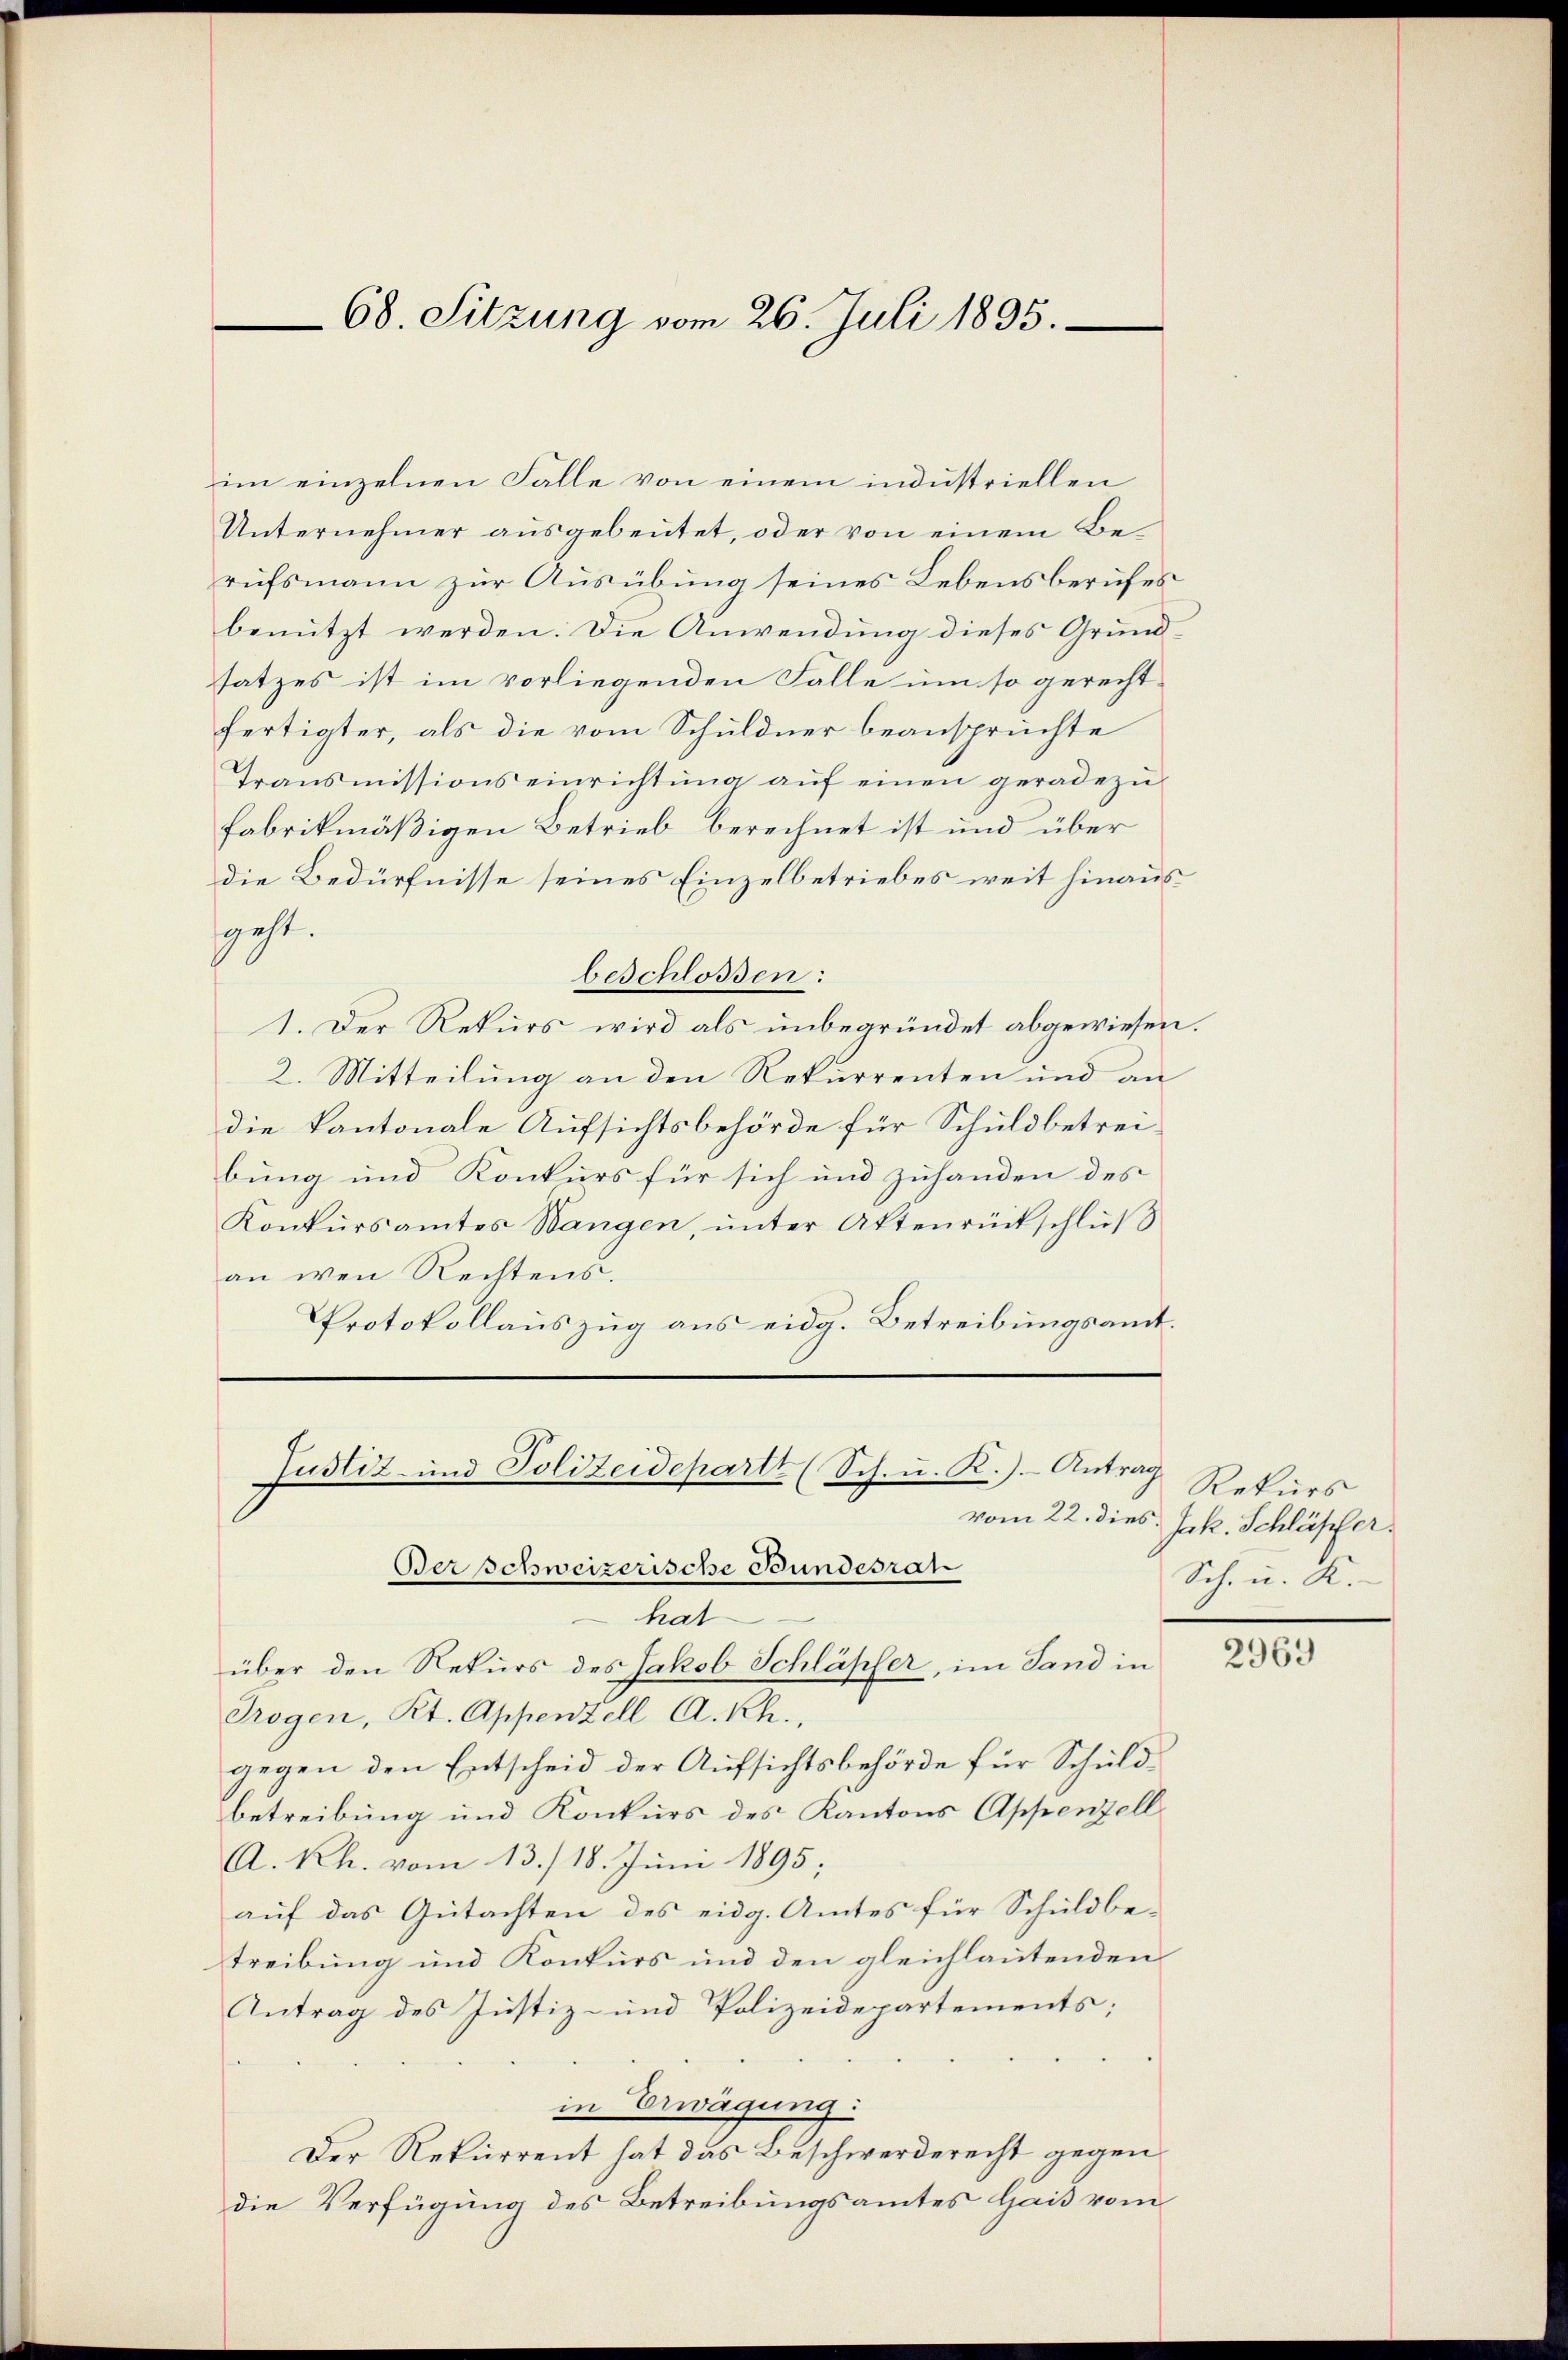
68. Sitzung vom 26. Juli 1895.

im einzelnen Falle von einem industriellen
Unternehmer aŭsgebeutet, oder von einem Be-
rufsmann zur Ausübung seines Lebensberufes
benutzt werden. Die Anwendung dieses Grundsatzes ist im vorliegenden Falle um so gerechtfertigter, als die vom Schuldner beansprüchte
Transmissions einrichtŭng aŭf einen geradezu
fabrikmäßigen Betrieb berechnet ist und über
die Bedürfnisse seines Einzelbetriebes weit hinaus
sgeht.
beschlossen:
1. Der Rekurs wird als unbegründet abgewiesen.
2. Mitteilung an den Rekurrenten und an
die kantonale Aufsichtsbehörde für Schuldbetreibung und Konkurs für sich und zuhanden des
Konkŭrsamtes Wangen, ŭnter Aktenrückschluß
an wen Rechtens.
Protokollauszug aus eidg. Betreibungsamt.

Berschweizerische Bundesrat
hat
x
über den Rekurs des Jakob Schläpfer, im Sand in
Trogen, Kt. Appenzell A.-Rh.,
gegen den Entscheid der Aufsichtsbehörde für Schuldbetreibung und Konkurs des Kantons Appenzell
A.Rh. vom 13./18. Juni 1895;
auf das Gutachten des eidg. Amtes für Schuldbetreibung und Konkurs und den gleichlautenden
Antrag des Justiz- und Polizeidepartements;
in Erwägung:
Der Rekurrent hat das Beschwerderecht gegen
die Verfügung des Betreibungsamtes Hais vom

Justiz- und Polizeidepartt (Sch. u. R.). Antrag

Rekurs
vom 22. dies Jak. Schläpfer.
Sch. u. K

2969